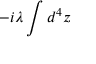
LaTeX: - i \lambda \int d ^ { 4 } z